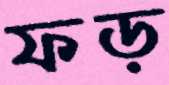
ফড়